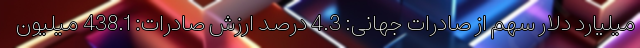
میلیارد دلار سهم از صادرات جهانی: 4.3 درصد ارزش صادرات: 438.1 میلیون